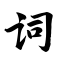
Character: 词